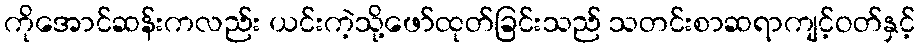
ကိုအောင်ဆန်းကလည်း ယင်းကဲ့သို့ဖော်ထုတ်ခြင်းသည် သတင်းစာဆရာကျင့်ဝတ်နှင့်